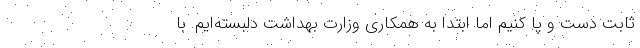
ثابت دست و پا کنیم اما ابتدا به همکاری وزارت بهداشت دلبسته‌ایم. با